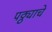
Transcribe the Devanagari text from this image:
पठ्ठ्याचे